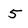
Character: 5